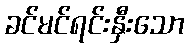
ခင်မင်ရင်းနှီးသော